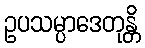
ဥပသမ္ပာဒေတုန္တိ